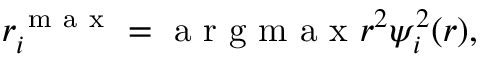
r _ { i } ^ { \mathrm { ~ m ~ a ~ x ~ } } = \mathrm { ~ a ~ r ~ g ~ m ~ a ~ x ~ } r ^ { 2 } \psi _ { i } ^ { 2 } ( r ) ,